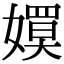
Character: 𡢊